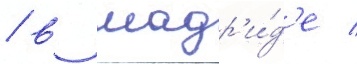
/ в мадр'и́д'е /